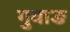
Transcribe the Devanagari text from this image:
गुवाङ